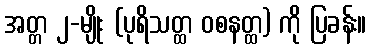
အတ္တ ၂-မျိုး (ပုရိသတ္ထ ဝစနတ္ထ) ကို ပြခန်း။